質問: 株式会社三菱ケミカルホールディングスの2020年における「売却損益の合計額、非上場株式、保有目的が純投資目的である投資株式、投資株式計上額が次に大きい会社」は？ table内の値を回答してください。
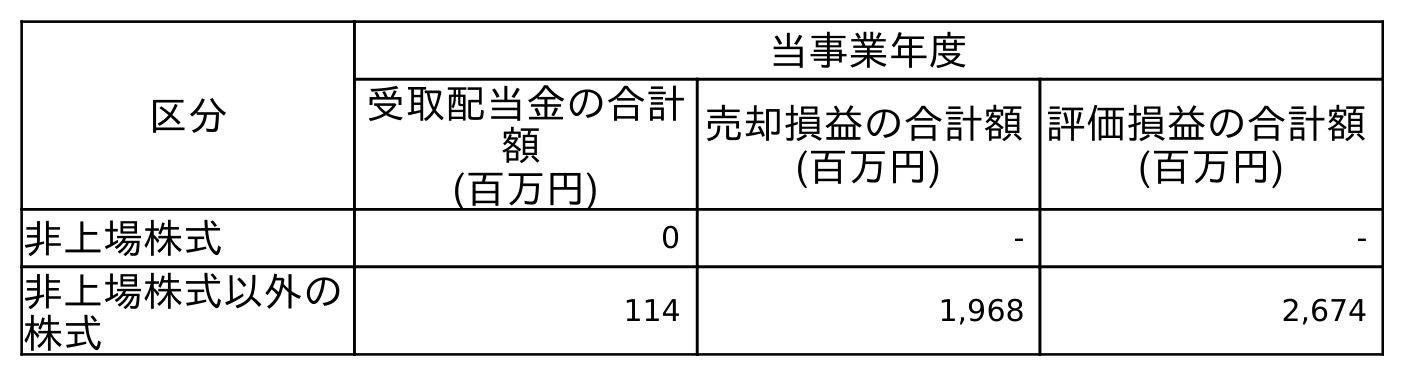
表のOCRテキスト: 区分 当事業年度 受取配当金の合計 額 (百万円) 売却損益の合計額 (百万円) 評価損益の合計額 (百万円) 非上場株式 0 - - 非上場株式以外の 株式 114 1,968 2,674
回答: -